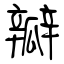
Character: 瓣